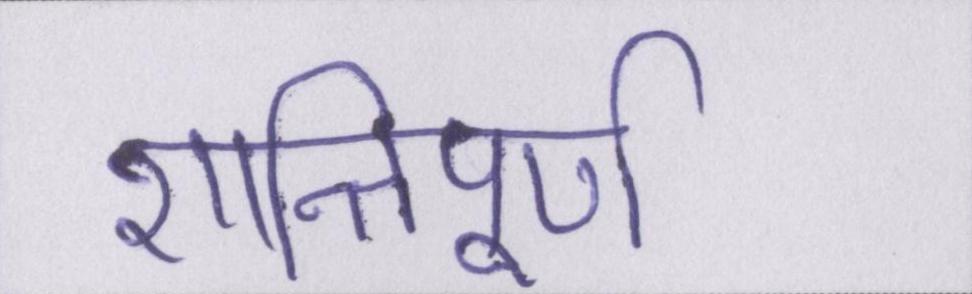
शान्तिपूर्ण